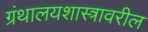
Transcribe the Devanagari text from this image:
ग्रंथालयशास्त्रावरील